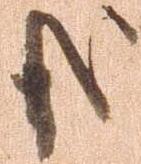
哉